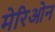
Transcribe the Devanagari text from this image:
मेरिओन